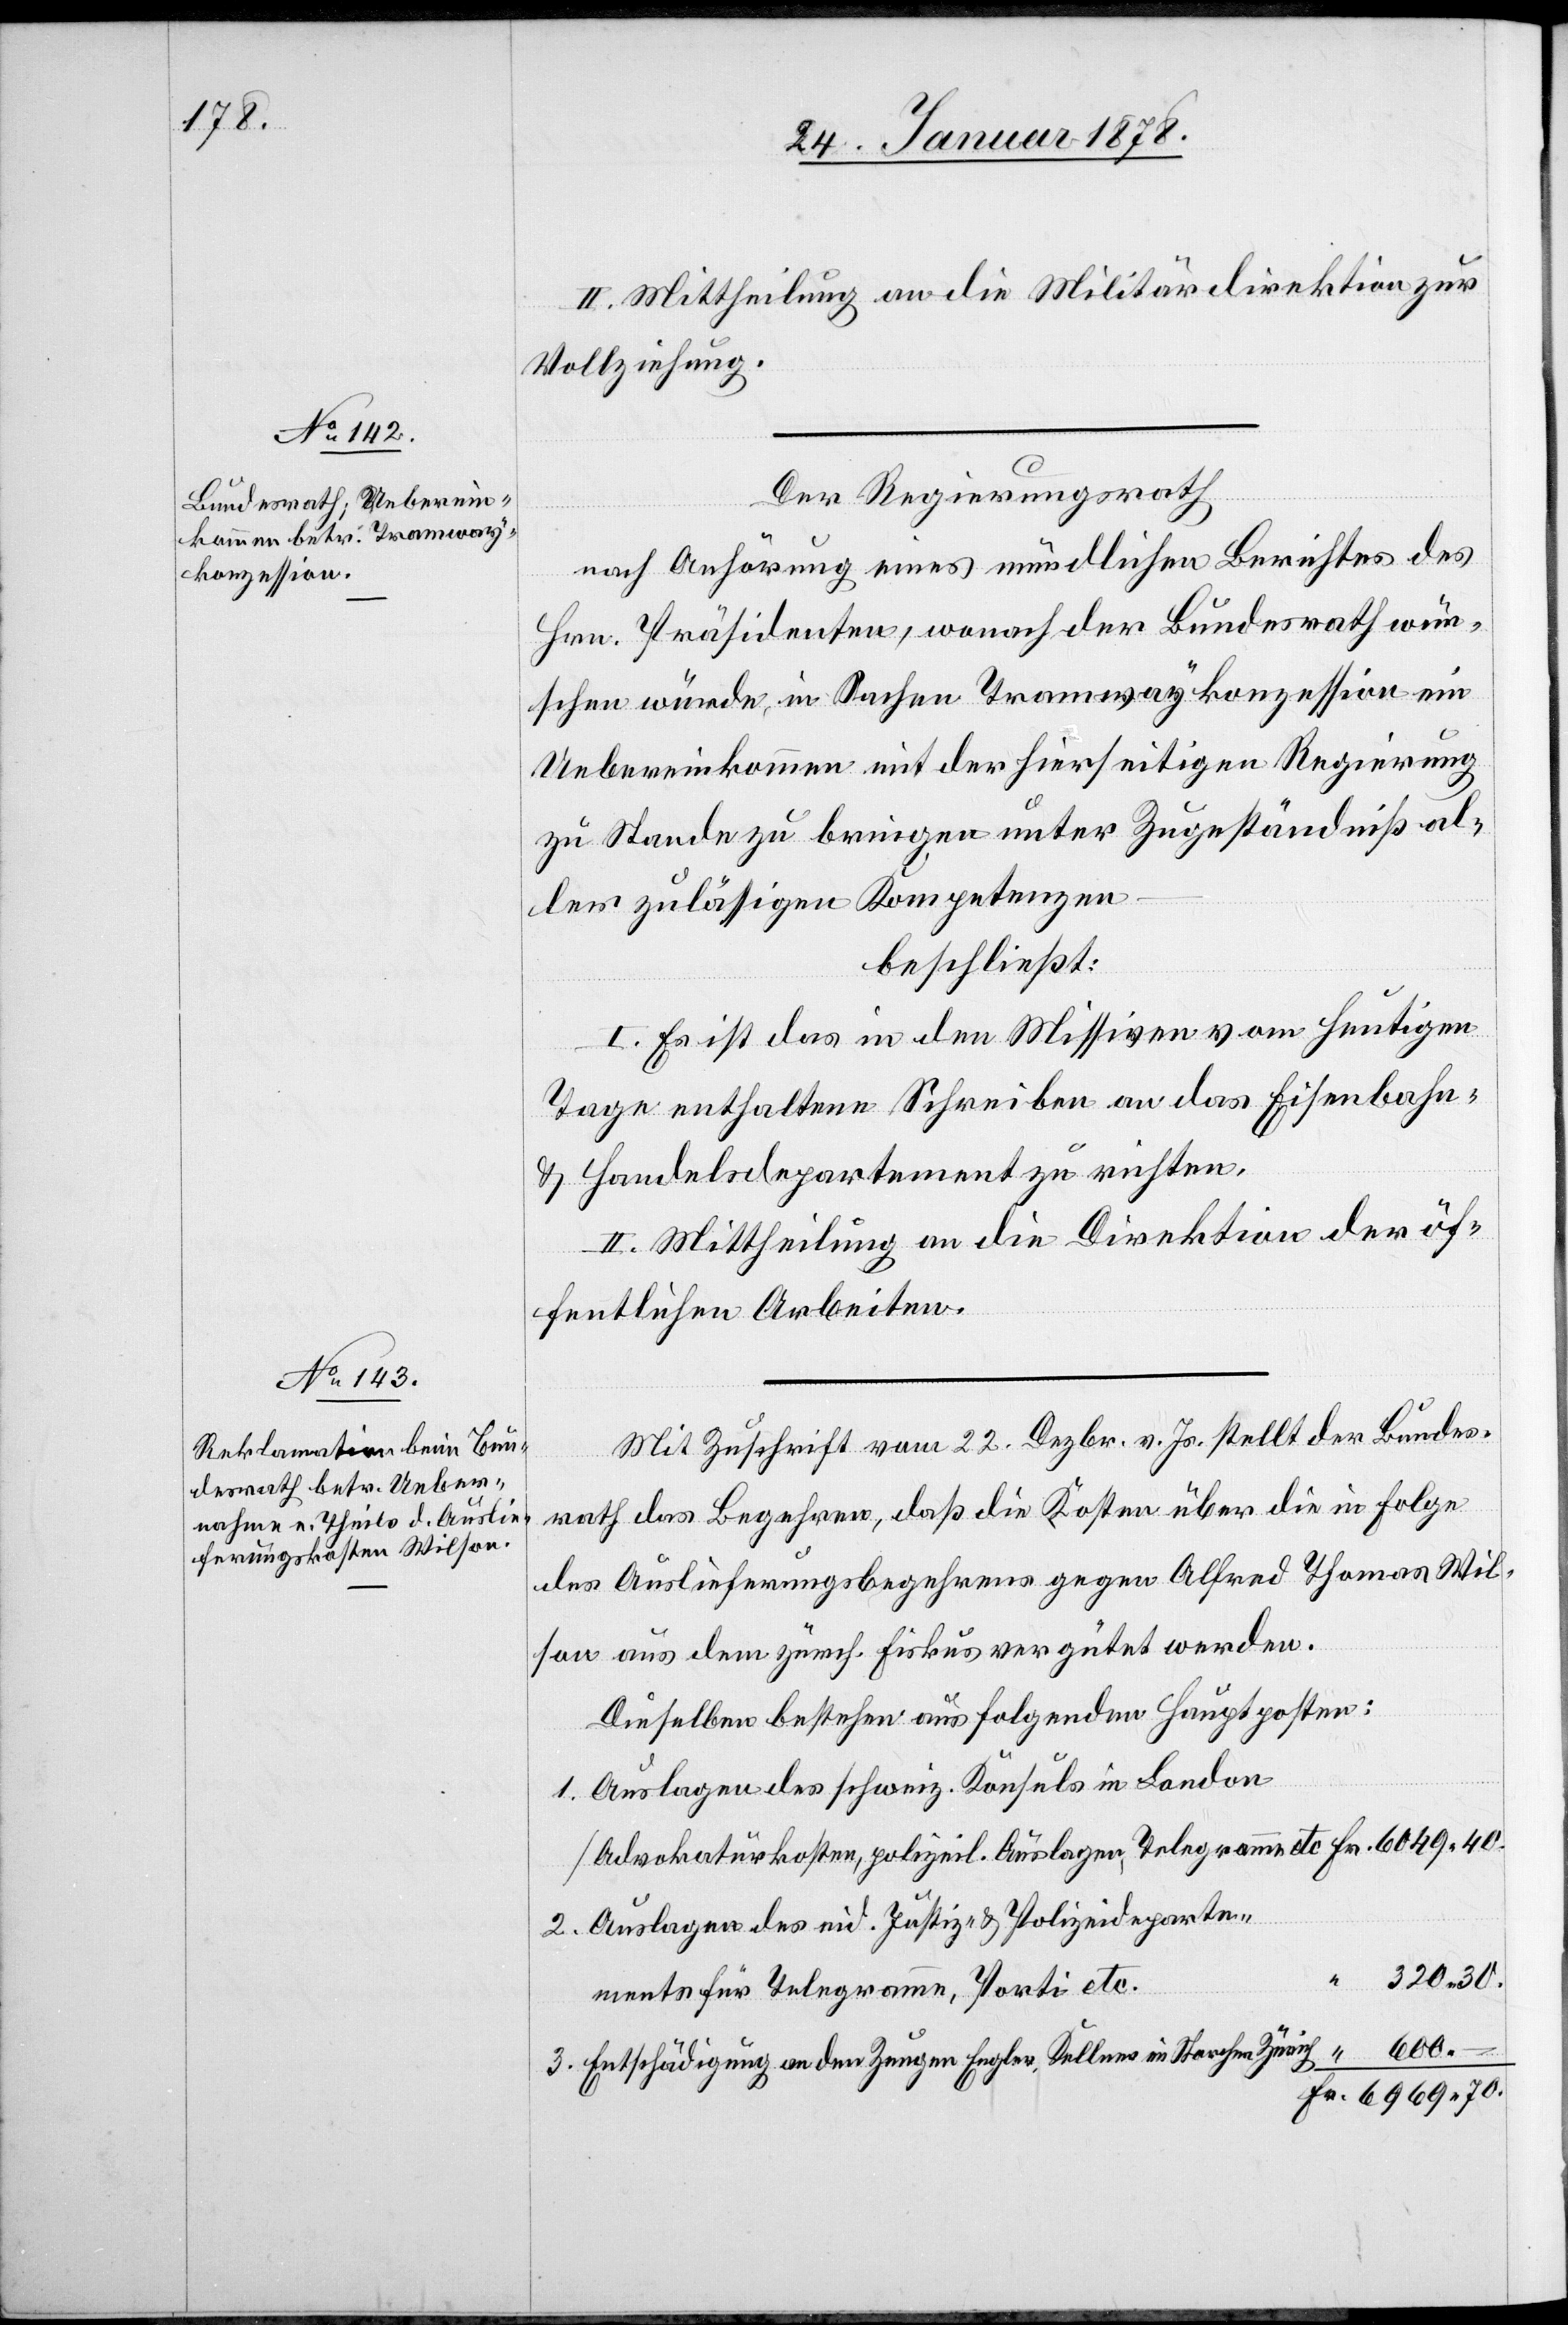
II. Mittheilung an die Militärdirektion zur
Vollziehung.
Der Regierungsrath
nach Anhörung eines mündlichen Berichtes des
Hrn. Präsidenten, wonach der Bundesrath wün¬
schen würde, in Sachen Tramwaykonzession ein
Uebereinkommen mit der hierseitigen Regierung
zu Stande zu bringen unter Zugeständniß al¬
ler zulässigen Kompetenzen
beschließt:
I. Es ist das in den Missiven vom heutigen
Tage enthaltene Schreiben an das Eisenbahn-
& Handelsdepartement zu richten.
II. Mittheilung an die Direktion der öf¬
fentlichen Arbeiten.
Mit Zuschrift vom 22. Dezbr. v. Js. stellt der Bundes¬
rath das Begehren, daß die Kosten über die in Folge
des Auslieferungsbegehrens gegen Alfred Thomas Wil¬
son aus dem zürch. Fiskus vergütet werden.
Dieselben bestehen aus folgenden Hauptposten:
1. Auslagen des schweiz. Konsuls in London
Advokaturkosten, polizeil. Auslagen, Telegramme etc. Fr. 6049.40
2. Auslagen des eid. Justiz- & Polizeideparte¬
320.30
ments für Telegramme, Porti etc.
3. Entschädigung an den Zeugen Engler, Kellner im Storchen Zürich “ 600.–
Fr. 6969.70.